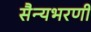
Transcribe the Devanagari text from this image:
सैन्यभरणी